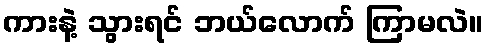
ကားနဲ့ သွားရင် ဘယ်လောက် ကြာမလဲ။